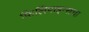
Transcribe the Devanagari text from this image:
फिलिपाइन्सचा